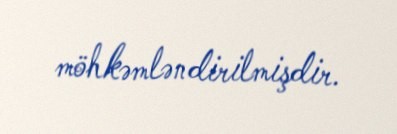
möhkəmləndirilmişdir.